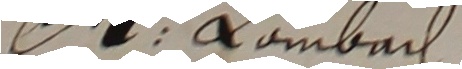
Ost. Rombech